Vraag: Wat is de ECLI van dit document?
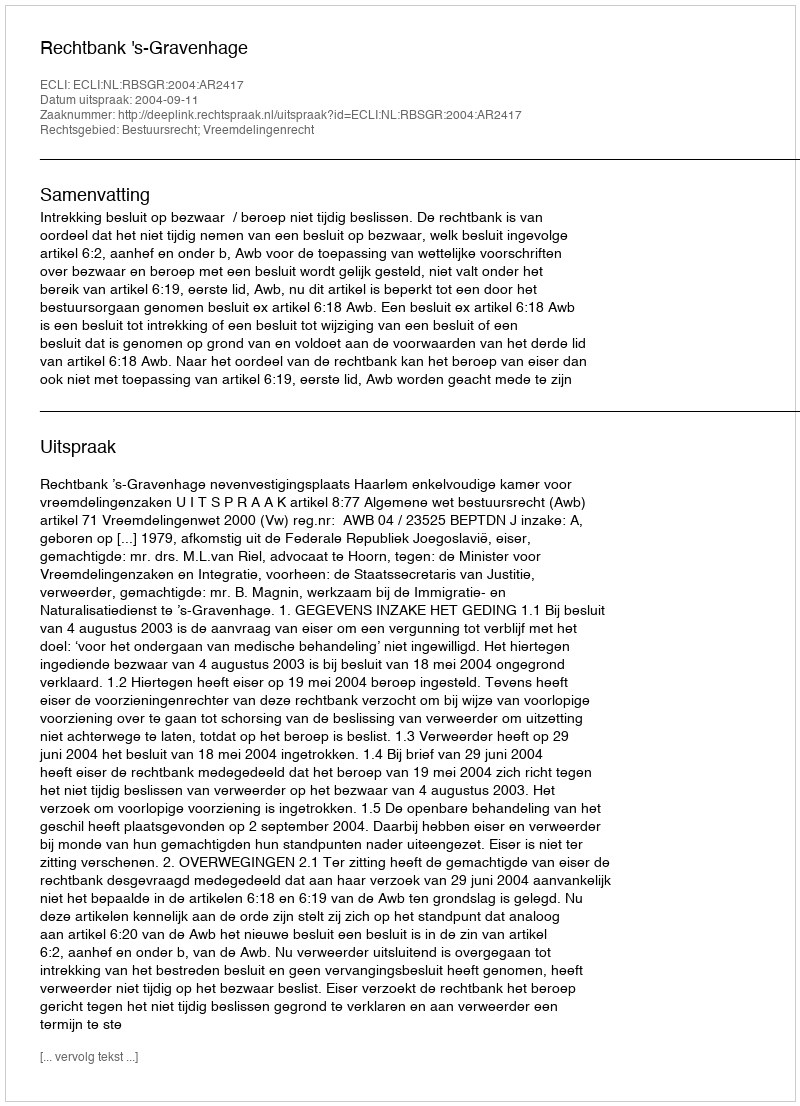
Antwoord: ECLI:NL:RBSGR:2004:AR2417